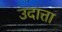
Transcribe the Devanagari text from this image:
उदात्ता